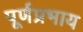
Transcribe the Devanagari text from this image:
पूर्णप्रभाय